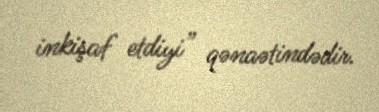
inkişaf etdiyi” qənaətindədir.